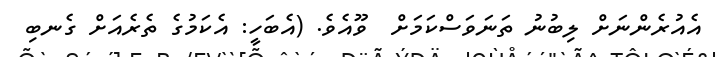
އެއުރެންނަށް ލިބުނު ތަނަވަސްކަމަށް  ވޫއެވެ. (އެބަހީ: އެކަމުގެ ތެރެއަށް ގެނބި